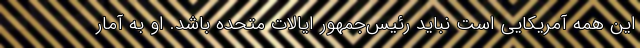
این همه آمریکایی است نباید رئیس‌جمهور ایالات متحده باشد. او به آمار